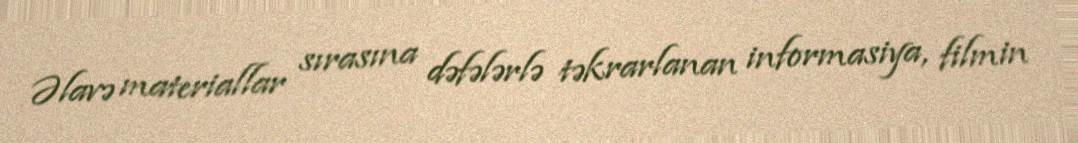
Əlavə materiallar sırasına dəfələrlə təkrarlanan informasiya, filmin